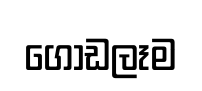
ගොඩලෑම